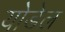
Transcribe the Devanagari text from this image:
योडेल